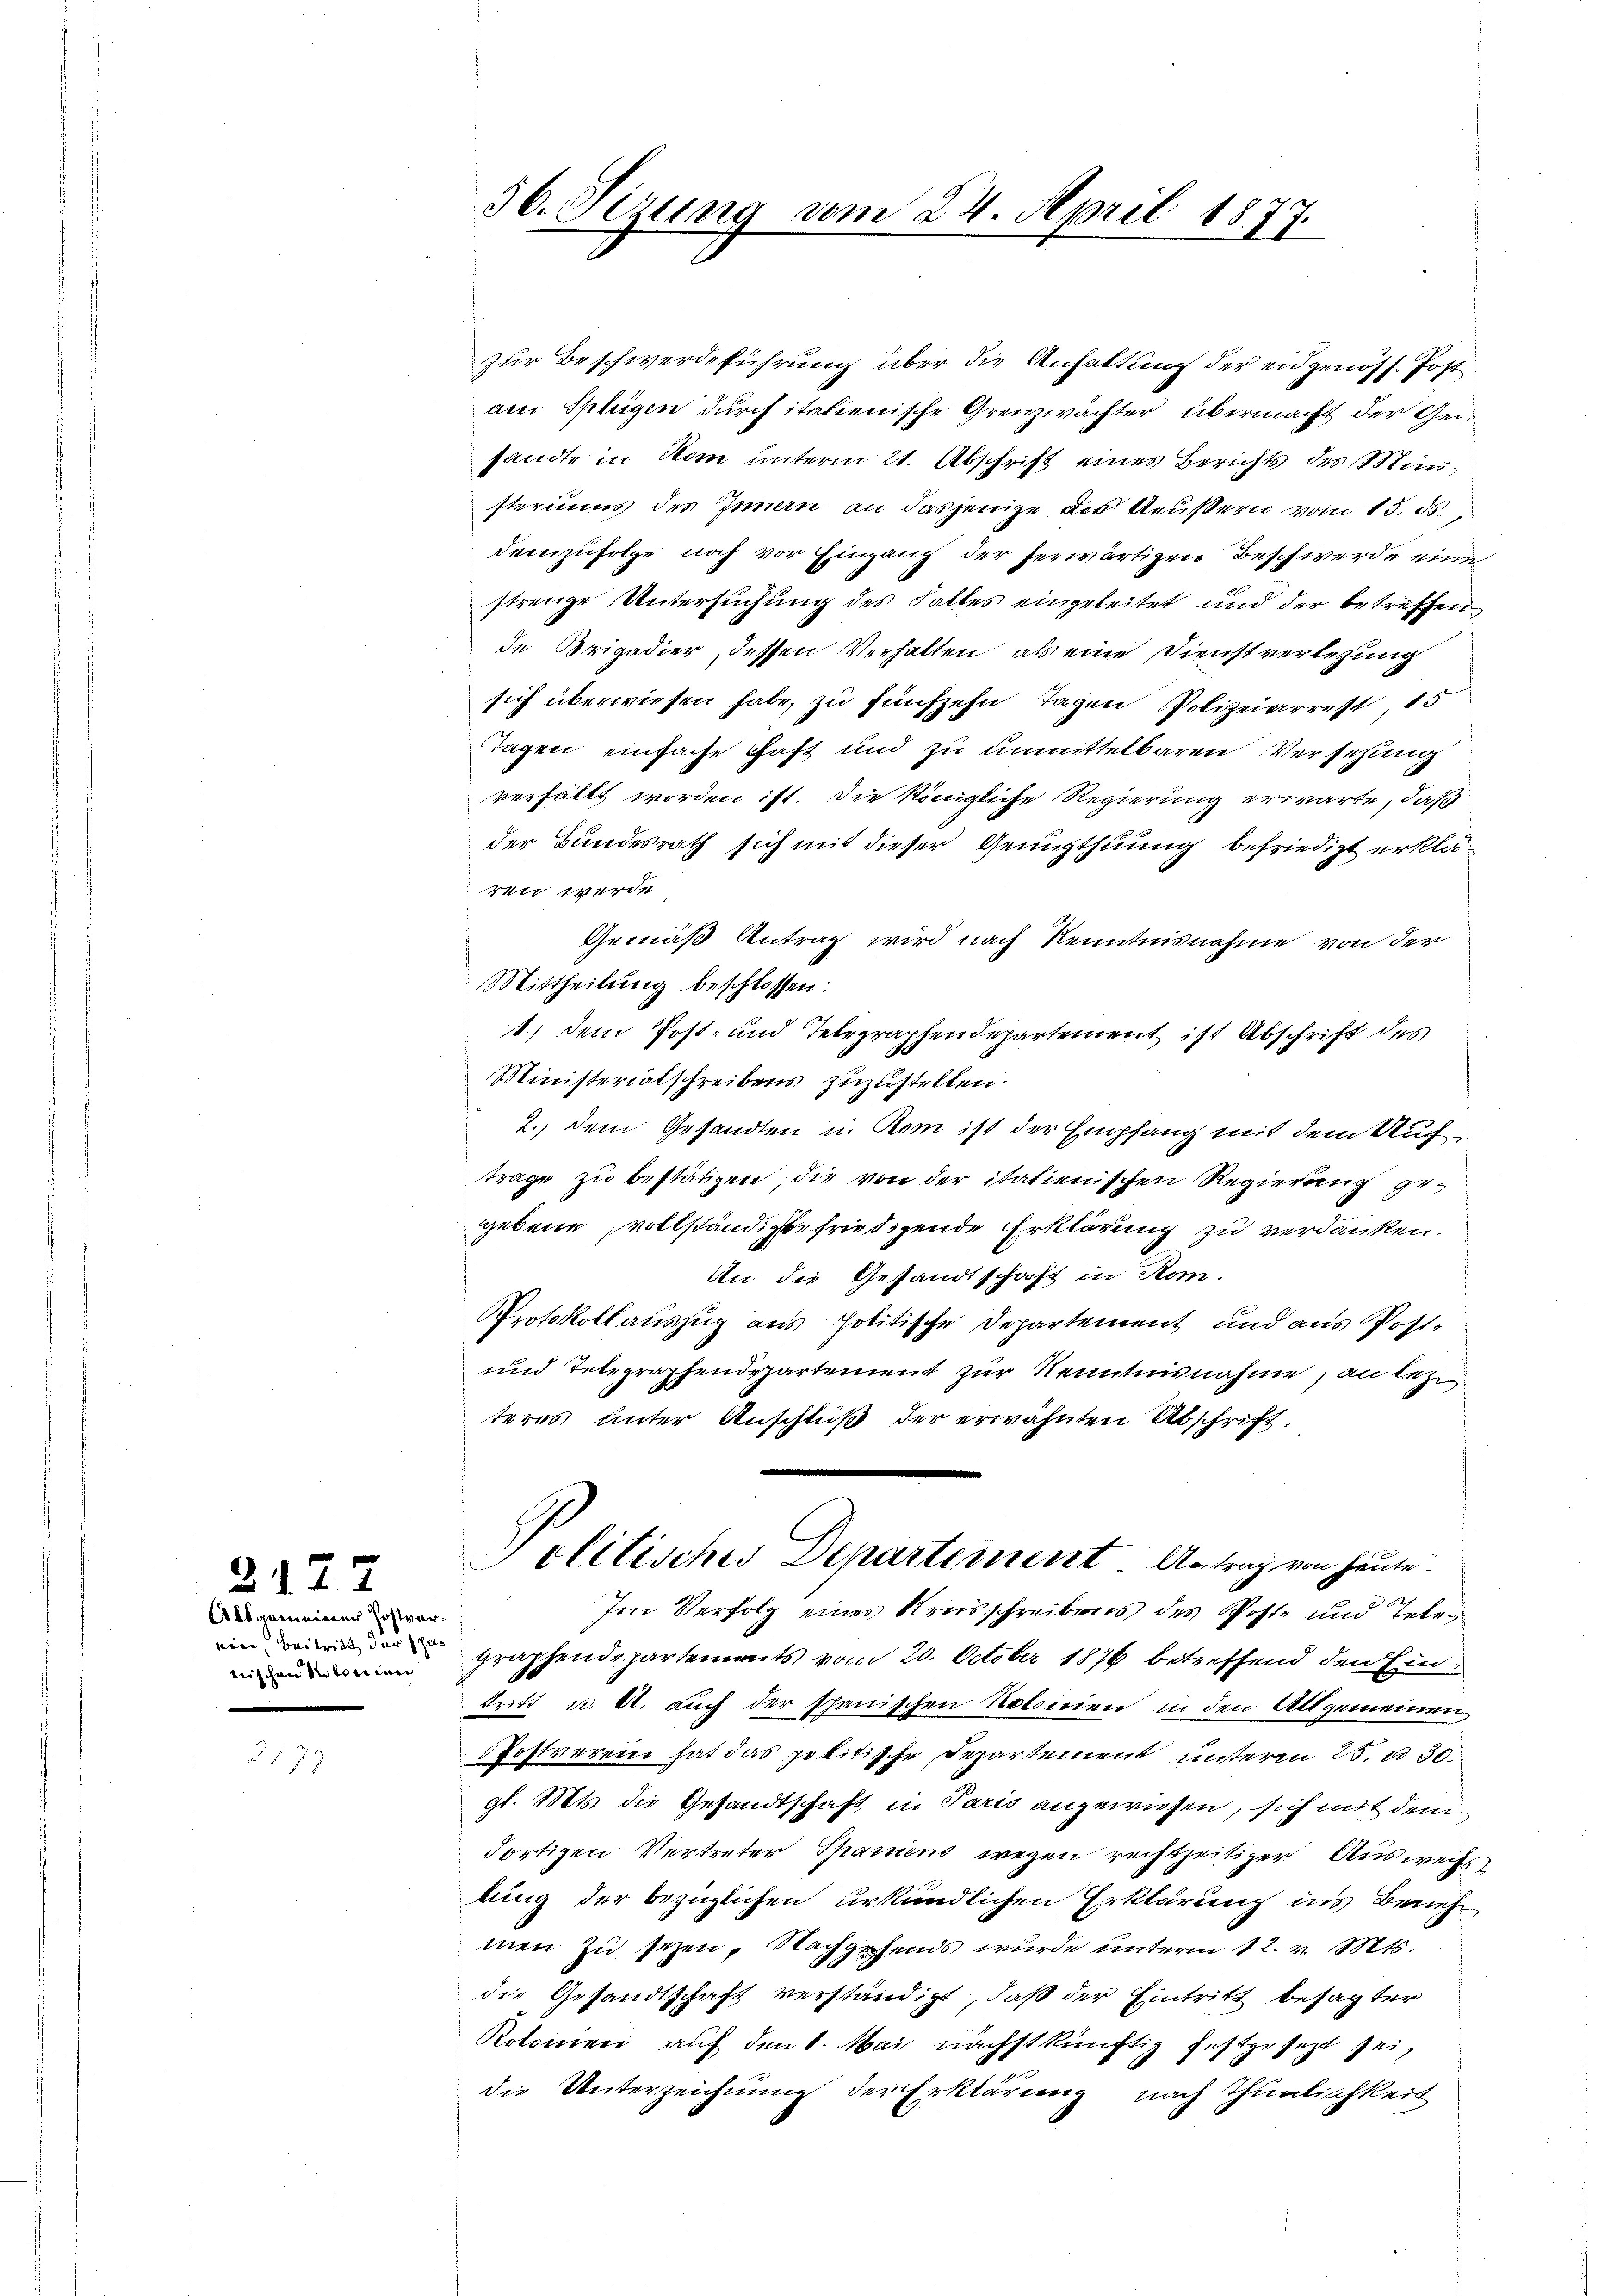
2127

Allgemeiner Postvernischen Steine

2175

36. Sizung vom 24. April 1877.

zur Beschwerdeführung über die Anhaltung der eidgenöss. Postam Splügen durch italienische Grenzwächter übermacht der Gesandte in Rom unterm 21. Abschrift eines Berichts des Mänsteriums des Innen an dasjenige des Aeußern vom 13. ds.,
demzufolge noch vor Eingang der herwärtigen Beschwerde eine
strenge Untersuchung des Faltes eingeleitet und der betreffen
de Brigadier, dessen Verhalten, als eine Dienstverlegung
sich überwiesen habe, zu fünfzehn Tagen Polizeiarrest, 15
Tagen einfache Fast und zu unmittelbaren Versehung
verfällt worden ist. Die königliche Regierung erwarte, daß
der Bundesrath sich mit dieser Genugthuung befriedigt erkläten werde
Gemäß Antrag wird nach Kenntnisnahme von der
Mittheilung beschlossen:
1.) Dem Post- und Telegraphendepartement ist Abschrift des
Ministerialschreibens zuzustellen.
2.) dem Gesandten u. Rom ist der Empfang mit dem Auftrage zu bestätigen die von der italienischen Regierung geggebene vollständigte friedigende Erklärung zu verdanken.
An die Gesandtschaft in Rom.
Protokollauszug aus politische Departement und aus Post¬
und Telegraphendepartement zur Kenntnisnahme, an letzt
teres unter Anschluß der erwähnten Abschrift.
Politisches Departement. Antrag von heute.
Im Verfolg eines Kreisschreibens des Poste und Teleun ein graphendepartements vom 20. October 1876 betreffend den Eintritt u. A. auch der spanischen Notoirien in den Allgemeinen
Postverein hat das politische Departement unterm 25. u 30
gl. Mts. die Gesandtschaft in Paris angewiesen, sich mit dem
dortigen Vertreter Spaniens wegen rechtzeitiger Auswechs
lung der bezüglichen urkundlichen Erklärung ins Benehmen zu sezen, Nachgehends wurde unterm 12. v. Mts.
die Gesandtschaft verständigt, daß der Eintritt besagter
Rotonien auf den 1. Mai nächstkünftig festgesetzt sei,
die Unterzeichnung der Erklärung nach Thunlichkeit